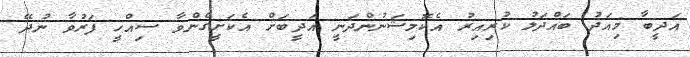
އަދީބާ މިއަދު ބައްދަލު ކުރިއިރު އެކޮމިޝަނުންދަނީ އަދީބަށް އެކަށީގެންވާ ސިއްހީ ފަރުވާ ނުދޭ